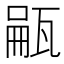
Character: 𪼺